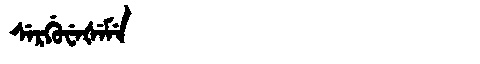
Manchu: ᠰᡝᡵᡤᡠᠸᡝᡧᡝᠮᡝ
Romanization: SERGUWEŠEME